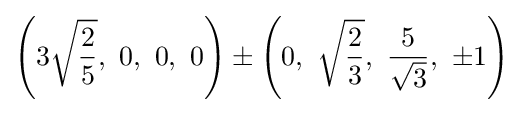
\left(3{\sqrt {\frac {2}{5}}},\ 0,\ 0,\ 0\right)\pm \left(0,\ {\sqrt {\frac {2}{3}}},\ {\frac {5}{\sqrt {3}}},\ \pm 1\right)